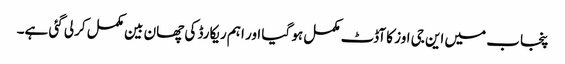
پنجاب میں این جی اوز کا آڈٹ مکمل ہو گیا اور اہم ریکارڈ کی چھان بین مکمل کرلی گئی ہے۔